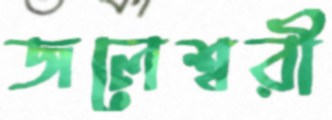
জলেশ্বরী